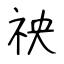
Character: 䄃